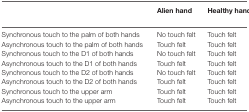
<table><thead><tr><td></td><td><b>Alien hand</b></td><td><b>Healthy hand</b></td></tr></thead><tbody><tr><td>Synchronous touch to the palm of both hands</td><td>No touch felt</td><td>Touch felt</td></tr><tr><td>Asynchronous touch to the palm of both hands</td><td>Touch felt</td><td>Touch felt</td></tr><tr><td>Synchronous touch to the D1 of both hands</td><td>No touch felt</td><td>Touch felt</td></tr><tr><td>Asynchronous touch to the D1 of both hands</td><td>Touch felt</td><td>Touch felt</td></tr><tr><td>Synchronous touch to the D2 of both hands</td><td>No touch felt</td><td>Touch felt</td></tr><tr><td>Asynchronous touch to the D2 of both hands</td><td>Touch felt</td><td>Touch felt</td></tr><tr><td>Synchronous touch to the upper arm</td><td>Touch felt</td><td>Touch felt</td></tr><tr><td>Asynchronous touch to the upper arm</td><td>Touch felt</td><td>Touch felt</td></tr></tbody></table>